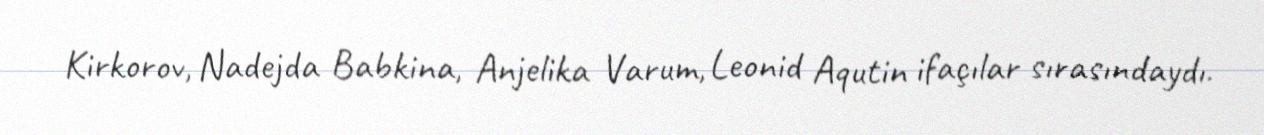
Kirkorov, Nadejda Babkina, Anjelika Varum, Leonid Aqutin ifaçılar sırasındaydı.